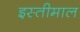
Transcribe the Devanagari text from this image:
इस्तीमाल